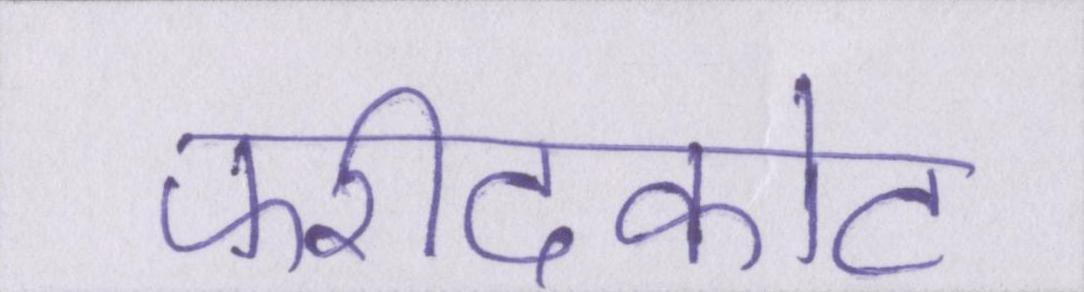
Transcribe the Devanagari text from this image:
फरीदकोट